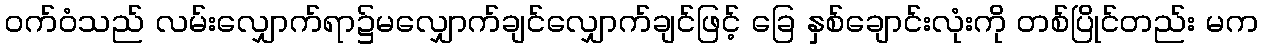
ဝက်ဝံသည် လမ်းလျှောက်ရာ၌မလျှောက်ချင်လျှောက်ချင်ဖြင့် ခြေ နှစ်ချောင်းလုံးကို တစ်ပြိုင်တည်း မက